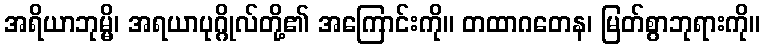
အရိယာဘုမ္မိ၊ အရယာပုဂ္ဂိုလ်တို့၏ အကြောင်းကို။ တထာဂတေန၊ မြတ်စွာဘုရားကို။